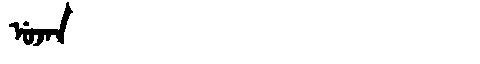
Manchu: ᡠᠵᠠᠨ
Romanization: UJAN